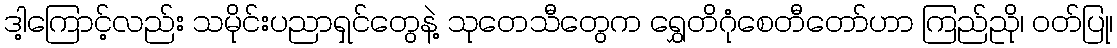
ဒါ့ကြောင့်လည်း သမိုင်းပညာရှင်တွေနဲ့ သုတေသီတွေက ရွှေတိဂုံစေတီတော်ဟာ ကြည်ညို၊ ၀တ်ပြု၊